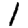
Digit: 1